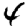
Digit: 4